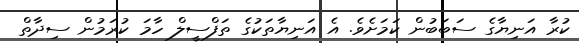
ކުރާ އަނިޔާގެ ސަބަބުން ކަމަށެވެ. އެ އަނިޔާތަކުގެ ތަފްސީލް ހާމަ ކުރަމުން ސިދާތް